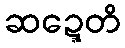
ဆဍ္ဍေတိ